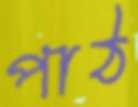
পাঠ